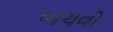
બચવો